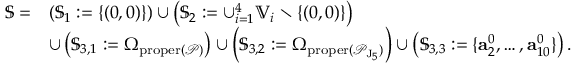
\begin{array} { r l } { \mathbb { S } = } & { \left( \mathbb { S } _ { 1 } : = \{ ( 0 , 0 ) \} \right) \cup \left( \mathbb { S } _ { 2 } : = \cup _ { i = 1 } ^ { 4 } \mathbb { V } _ { i } \setminus \{ ( 0 , 0 ) \} \right) } \\ & { \cup \left( \mathbb { S } _ { 3 , 1 } : = \Omega _ { \mathrm { p r o p e r } ( \mathcal { P } ) } \right) \cup \left( \mathbb { S } _ { 3 , 2 } : = \Omega _ { \mathrm { p r o p e r } ( \mathcal { P } _ { \mathrm { J } _ { 5 } } ) } \right) \cup \left( \mathbb { S } _ { 3 , 3 } : = \{ \mathbf { a } _ { 2 } ^ { 0 } , \ldots , \mathbf { a } _ { 1 0 } ^ { 0 } \} \right) . } \end{array}